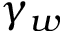
\gamma _ { w }